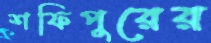
শফিপুরের